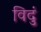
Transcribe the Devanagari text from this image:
विदुं